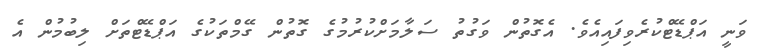
ވަނީ އަޕްޑޭޓްކުރެވިފައިއެވެ. އެގޮތުން ވަގުތު ސަލާމަށްކުރުމުގެ ގޮތުން ގޭމްތަކުގެ އަޕްޑޭޓްތަށް ލިބުމުން އެ